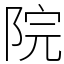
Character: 院